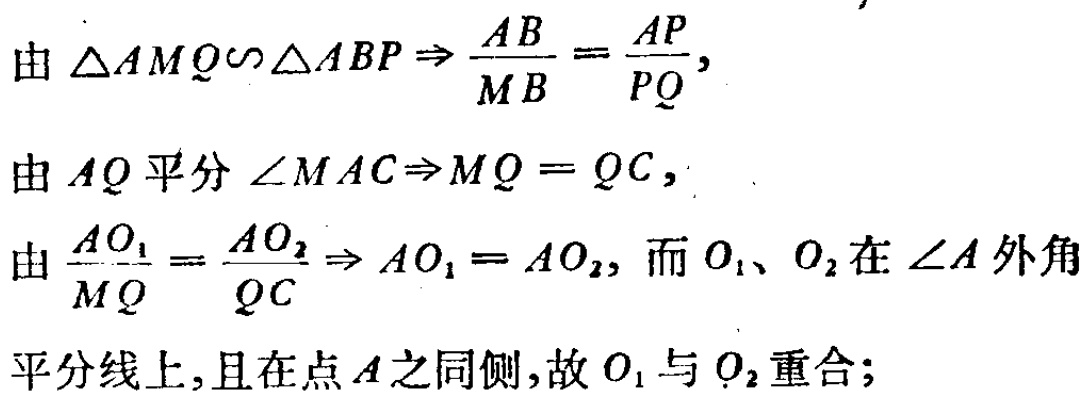
由 $\triangle AMQ\sim\triangle ABP\Rightarrow \frac{AB}{MB}=\frac{AP}{PQ},$

由 $AQ$ 平分 $\angle MAC\Rightarrow MQ = QC,$

由 $\frac{AO_1}{MQ}=\frac{AO_2}{QC}\Rightarrow AO_1 = AO_2,$ 而 $O_1$、$O_2$ 在 $\angle A$ 外角平分线上,且在点 $A$ 之同侧,故 $O_1$ 与 $O_2$ 重合;